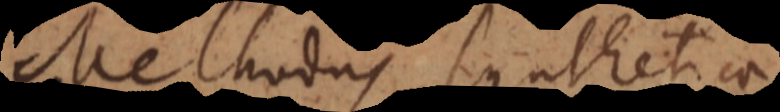
Methodus synthetica